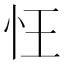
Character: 忹